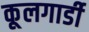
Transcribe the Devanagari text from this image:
कूलगार्डी